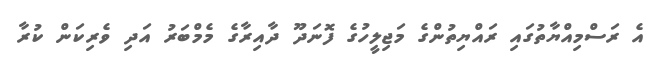
އެ ރަސްމިއްޔާތުގައި ރައްޔިތުންގެ މަޖިލީހުގެ ފޮނަދޫ ދާއިރާގެ މެމްބަރު އަދި ވެރިކަން ކުރާ